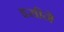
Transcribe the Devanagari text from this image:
इसीने